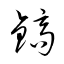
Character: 鎬